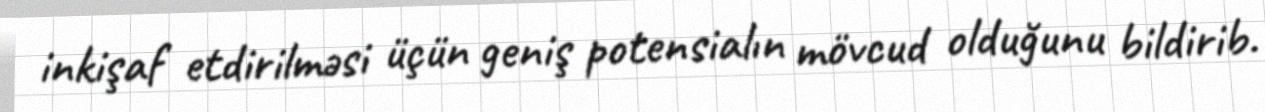
inkişaf etdirilməsi üçün geniş potensialın mövcud olduğunu bildirib.